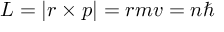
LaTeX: L = | { \boldsymbol { r } } \times { \boldsymbol { p } } | = r m v = n \hbar